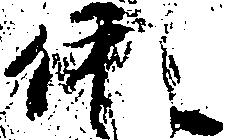
依